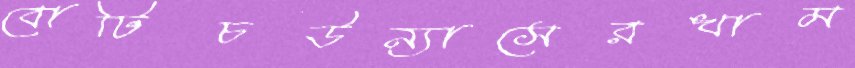
বোটিচউন্যাসেরখাম